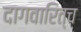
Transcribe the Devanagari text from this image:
दागवारित्च